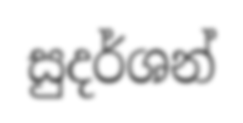
සුදර්ශන්